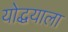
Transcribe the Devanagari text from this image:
योद्धयाला